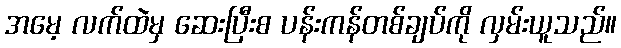
အမေ့ လက်ထဲမှ ဆေးပြီးစ ပန်းကန်တစ်ချပ်ကို လှမ်းယူသည်။